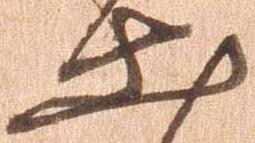
出